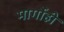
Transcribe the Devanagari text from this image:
मार्गोही